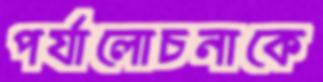
পর্যালোচনাকে